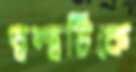
দ্বন্দ্বটিকে